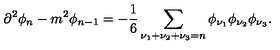
\partial ^ { 2 } \phi _ { n } - m ^ { 2 } \phi _ { n - 1 } = - \frac { 1 } { 6 } \sum _ { \nu _ { 1 } + \nu _ { 2 } + \nu _ { 3 } = n } \phi _ { \nu _ { 1 } } \phi _ { \nu _ { 2 } } \phi _ { \nu _ { 3 } } .